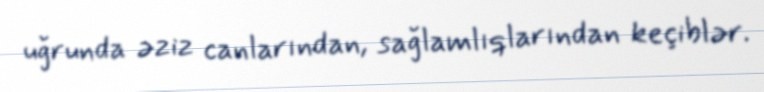
uğrunda əziz canlarından, sağlamlıqlarından keçiblər.